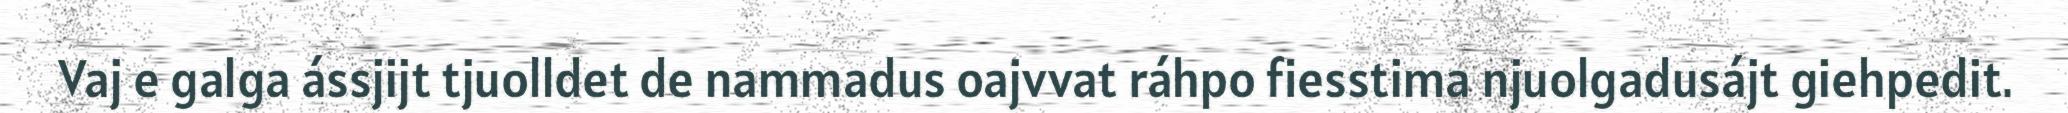
Vaj e galga ássjijt tjuolldet de nammadus oajvvat ráhpo fiesstima njuolgadusájt giehpedit.